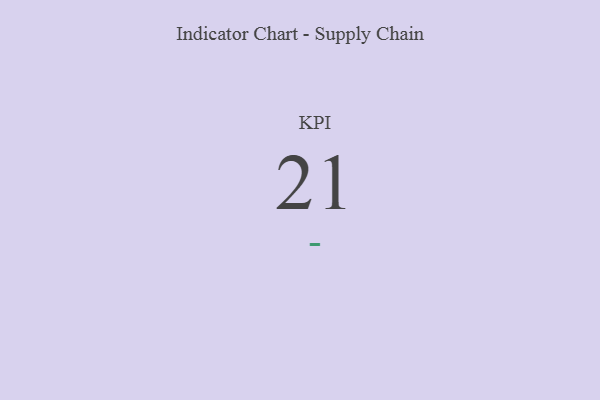
{"axis": {"x": "KPI", "y": "Value"}, "legend": [""], "data": [{"x": "KPI", "y": 21, "type": ""}]}